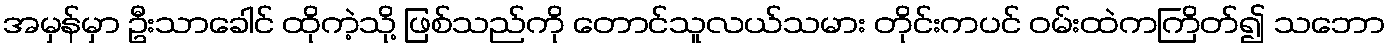
အမှန်မှာ ဦးသာခေါင် ထိုကဲ့သို့ ဖြစ်သည်ကို တောင်သူလယ်သမား တိုင်းကပင် ဝမ်းထဲကကြိတ်၍ သဘော